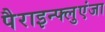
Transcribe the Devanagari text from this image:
पैराइन्फ्लुएंजा